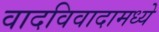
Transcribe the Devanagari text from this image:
वादविवादामध्ये